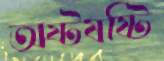
অষ্টষষ্টি